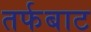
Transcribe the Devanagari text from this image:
तर्फबाट